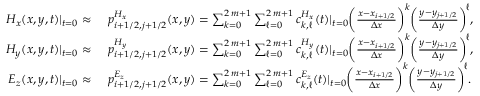
\begin{array} { r l } { H _ { x } ( x , y , t ) | _ { t = 0 } \approx } & { \, \, p _ { i + 1 / 2 , j + 1 / 2 } ^ { H _ { x } } ( x , y ) = \sum _ { k = 0 } ^ { 2 \, m + 1 } \sum _ { \ell = 0 } ^ { 2 \, m + 1 } c _ { k , \ell } ^ { H _ { x } } ( t ) | _ { t = 0 } \bigg ( \frac { x - x _ { i + 1 / 2 } } { \Delta x } \bigg ) ^ { k } \bigg ( \frac { y - y _ { j + 1 / 2 } } { \Delta y } \bigg ) ^ { \ell } , } \\ { H _ { y } ( x , y , t ) | _ { t = 0 } \approx } & { \, \, p _ { i + 1 / 2 , j + 1 / 2 } ^ { H _ { y } } ( x , y ) = \sum _ { k = 0 } ^ { 2 \, m + 1 } \sum _ { \ell = 0 } ^ { 2 \, m + 1 } c _ { k , \ell } ^ { H _ { y } } ( t ) | _ { t = 0 } \bigg ( \frac { x - x _ { i + 1 / 2 } } { \Delta x } \bigg ) ^ { k } \bigg ( \frac { y - y _ { j + 1 / 2 } } { \Delta y } \bigg ) ^ { \ell } , } \\ { E _ { z } ( x , y , t ) | _ { t = 0 } \approx } & { \, \, p _ { i + 1 / 2 , j + 1 / 2 } ^ { E _ { z } } ( x , y ) = \sum _ { k = 0 } ^ { 2 \, m + 1 } \sum _ { \ell = 0 } ^ { 2 \, m + 1 } c _ { k , \ell } ^ { E _ { z } } ( t ) | _ { t = 0 } \bigg ( \frac { x - x _ { i + 1 / 2 } } { \Delta x } \bigg ) ^ { k } \bigg ( \frac { y - y _ { j + 1 / 2 } } { \Delta y } \bigg ) ^ { \ell } . } \end{array}